Annual report of the Imperial Bacteriological Laboratory, Muktesar
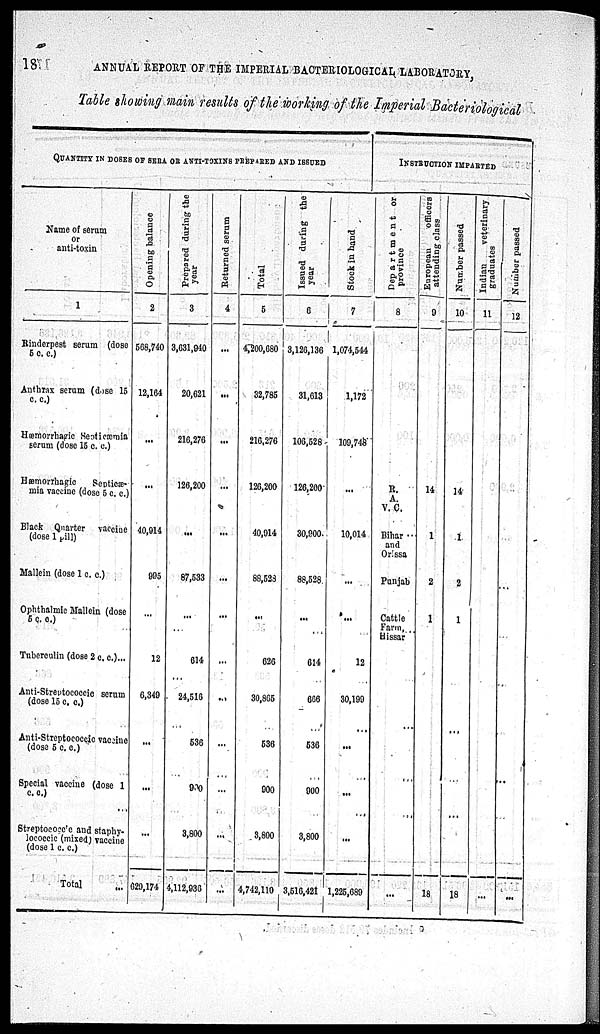
18
ANNUAL REPORT OF THE IMPERIAL BACTERIOLOGICAL LABORATORY,
Table showing main results of the working of the Imperial Bacteriological
QUANTITY IN DOSES OF SERA OR ANTI-TOXINS PREPARED AND ISSUED
Name of serum
or
anti-toxin
1
Rinderpest serum (dose
5 c. c.)
Anthrax serum (dose 15
c. c.)
Hæmorrhagic Septiæmia
serum (dose 16 c. c.)
Hæmorrhagic Septicæ¬
mia vaccine (dose 5 c. c.)
Black Quarter
vaccine
(dose 1 pill)
Mallein (dose 1 c. c.)
Ophthalmic Mallein (dose
5 c. c.)
Tuberculin (dose 2 c. c.)...
Anti-Streptococcic scrum
(dose 15 c. c.)
Anti-Streptococcic vaccine
(dose 6 c. c.)
Special vaccine (dose 1
c.c.)
Streptococcic and staphy¬
lococcic (mixed) vaccine
(dose 1 c. c.)
Total ...
Opening balance
2
568,740
12,164
...
...
40,914
995
...
12
6,349
...
...
629,174
Prepared during the
year
3
3,631,940
20,621
216,276
126,200
...
87,533
...
614
24,516
536
900
3,800
4,112,936
Returned serum
4
...
...
...
...
...
...
...
...
...
...
...
...
...
Total
5
4,200,680
32,785
216,276
126,200
40,914
88,523
...
626
30,865
536
900
3,800
4,742,110
Issued during the
year
6
3,126,136
31,613
106,528
126,200
30,900
88,528
...
614
666
536
900
3,800
3,516,421
Stock in hand
7
1,074,544
1,172
109,748
...
10,014
...
...
12
30,199
...
...
...
1,225,689
INSTRUCTION IMPARIED
Department or
province
8
R.
A.
V. C.
Bihar ...
and
Orissa
Punjab
Cattle
Farm. . .
Hissar
...
European
officers
attending class
9
14
1
2
1
18
Number passed
10
14
1
2
1
18
Indian
veterinary
graduates
11
...
Number
passed
12
...